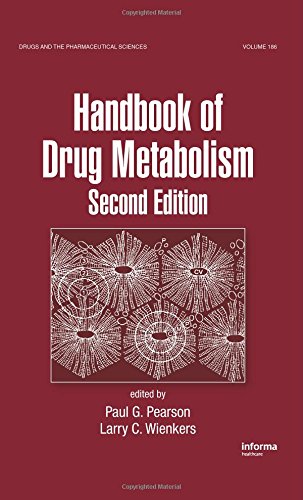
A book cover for Handbook of Drug Metabolism, Second Edition (Drugs and the Pharmaceutical Sciences); Medical Books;